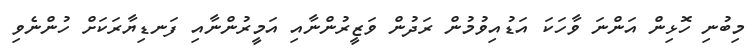
މިބުނި ހޮޅިން އަންނަ ވާހަކަ އަޑުއިވުމުން ރަދުން ވަޒީރުންނާއި އަމީރުންނާއި ފަނޑިޔާރަކަށް ހުންނެވި